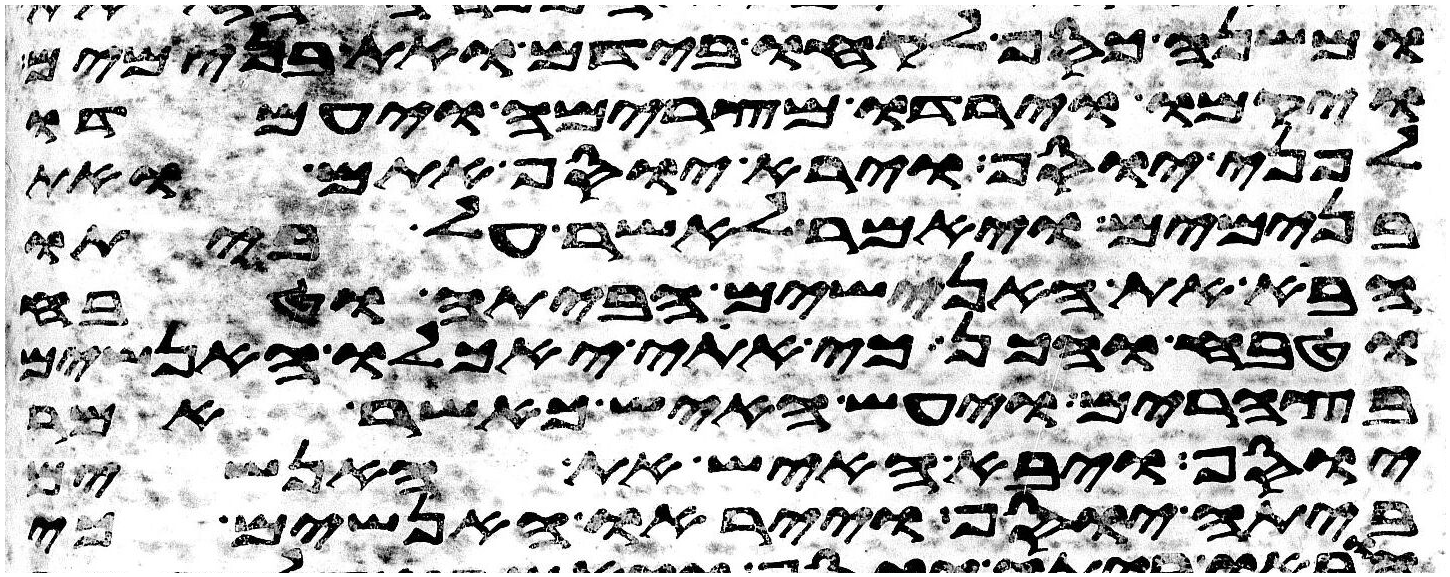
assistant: ומשנה כסף לקחו בידם ואת בנימים
ויקמו וירדו מצרימה ויעמדו
לפני יוסף וירא יוסף אתם ואת
בנימים ויאמר לאשר על ביתו
הבא את האנשים הביתה וטבח
טבח והכן כי אתי יאכלו האנשים
בצהרים ויעש האיש כאשר אמר
יוסף ויבא האיש את האנשים
ביתה יוסף וייראו האנשים כי